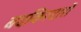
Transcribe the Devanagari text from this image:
बदकिरदारों